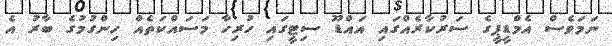
ނަމަވެސް އެމްޑީޕީގެ ސަރުކާރެއްގައި އައްޑޫ ސިޓީގައި ހުރިހާ މަސައްކަތެއް ހިންގުމުގެ ބާރު އެ